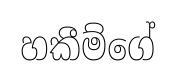
හකීම්ගේ